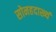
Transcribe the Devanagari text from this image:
सोनहदाख्यं